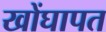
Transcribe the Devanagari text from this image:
खोंघापत